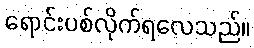
ရောင်းပစ်လိုက်ရလေသည်။